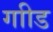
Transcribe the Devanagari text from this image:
गाीड